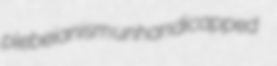
plebeianism unhandicapped